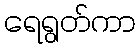
ရေရွတ်ကာ